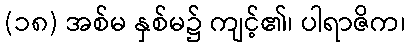
(၁၈) အစ်မ နှစ်မ၌ ကျင့်၏၊ ပါရာဇိက၊